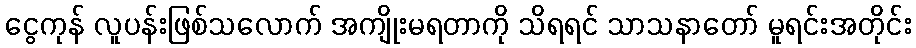
ငွေကုန် လူပန်းဖြစ်သလောက် အကျိုးမရတာကို သိရရင် သာသနာတော် မူရင်းအတိုင်း